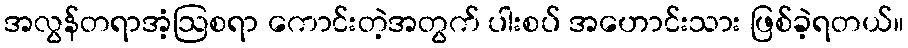
အလွန်တရာအံ့ဩစရာ ကောင်းတဲ့အတွက် ပါးစပ် အဟောင်းသား ဖြစ်ခဲ့ရတယ်။